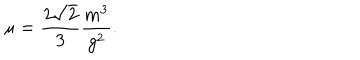
\mu = \frac { 2 \sqrt { 2 } } { 3 } \frac { m ^ { 3 } } { g ^ { 2 } } .